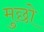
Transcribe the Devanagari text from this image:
मुछो